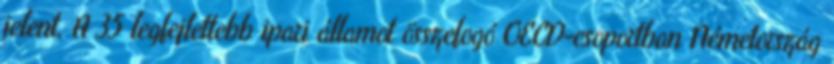
jelent. A 35 legfejlettebb ipari államot összefogó OECD-csoportban Németország